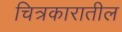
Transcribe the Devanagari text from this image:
चित्रकारातील